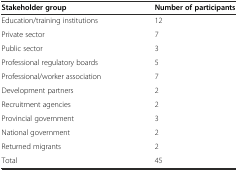
<table><thead><tr><td><b>Stakeholder group</b></td><td><b>Number of participants</b></td></tr></thead><tbody><tr><td>Education/training institutions</td><td>12</td></tr><tr><td>Private sector</td><td>7</td></tr><tr><td>Public sector</td><td>3</td></tr><tr><td>Professional regulatory boards</td><td>5</td></tr><tr><td>Professional/worker association</td><td>7</td></tr><tr><td>Development partners</td><td>2</td></tr><tr><td>Recruitment agencies</td><td>2</td></tr><tr><td>Provincial government</td><td>3</td></tr><tr><td>National government</td><td>2</td></tr><tr><td>Returned migrants</td><td>2</td></tr><tr><td>Total</td><td>45</td></tr></tbody></table>